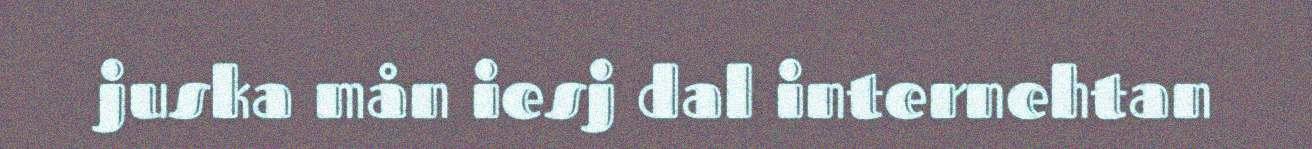
juska mån iesj dal internehtan